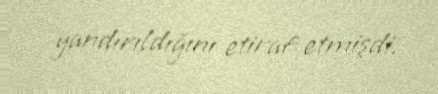
yandırıldığını etiraf etmişdi.